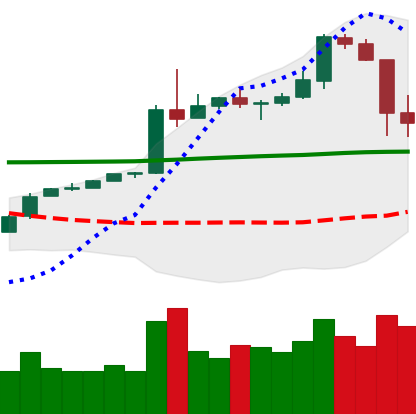
Ticker: BTC-USD
Chart end date: 2020-05-11
Forward return: 9.012%
Label: up_7plus